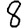
Digit: 8